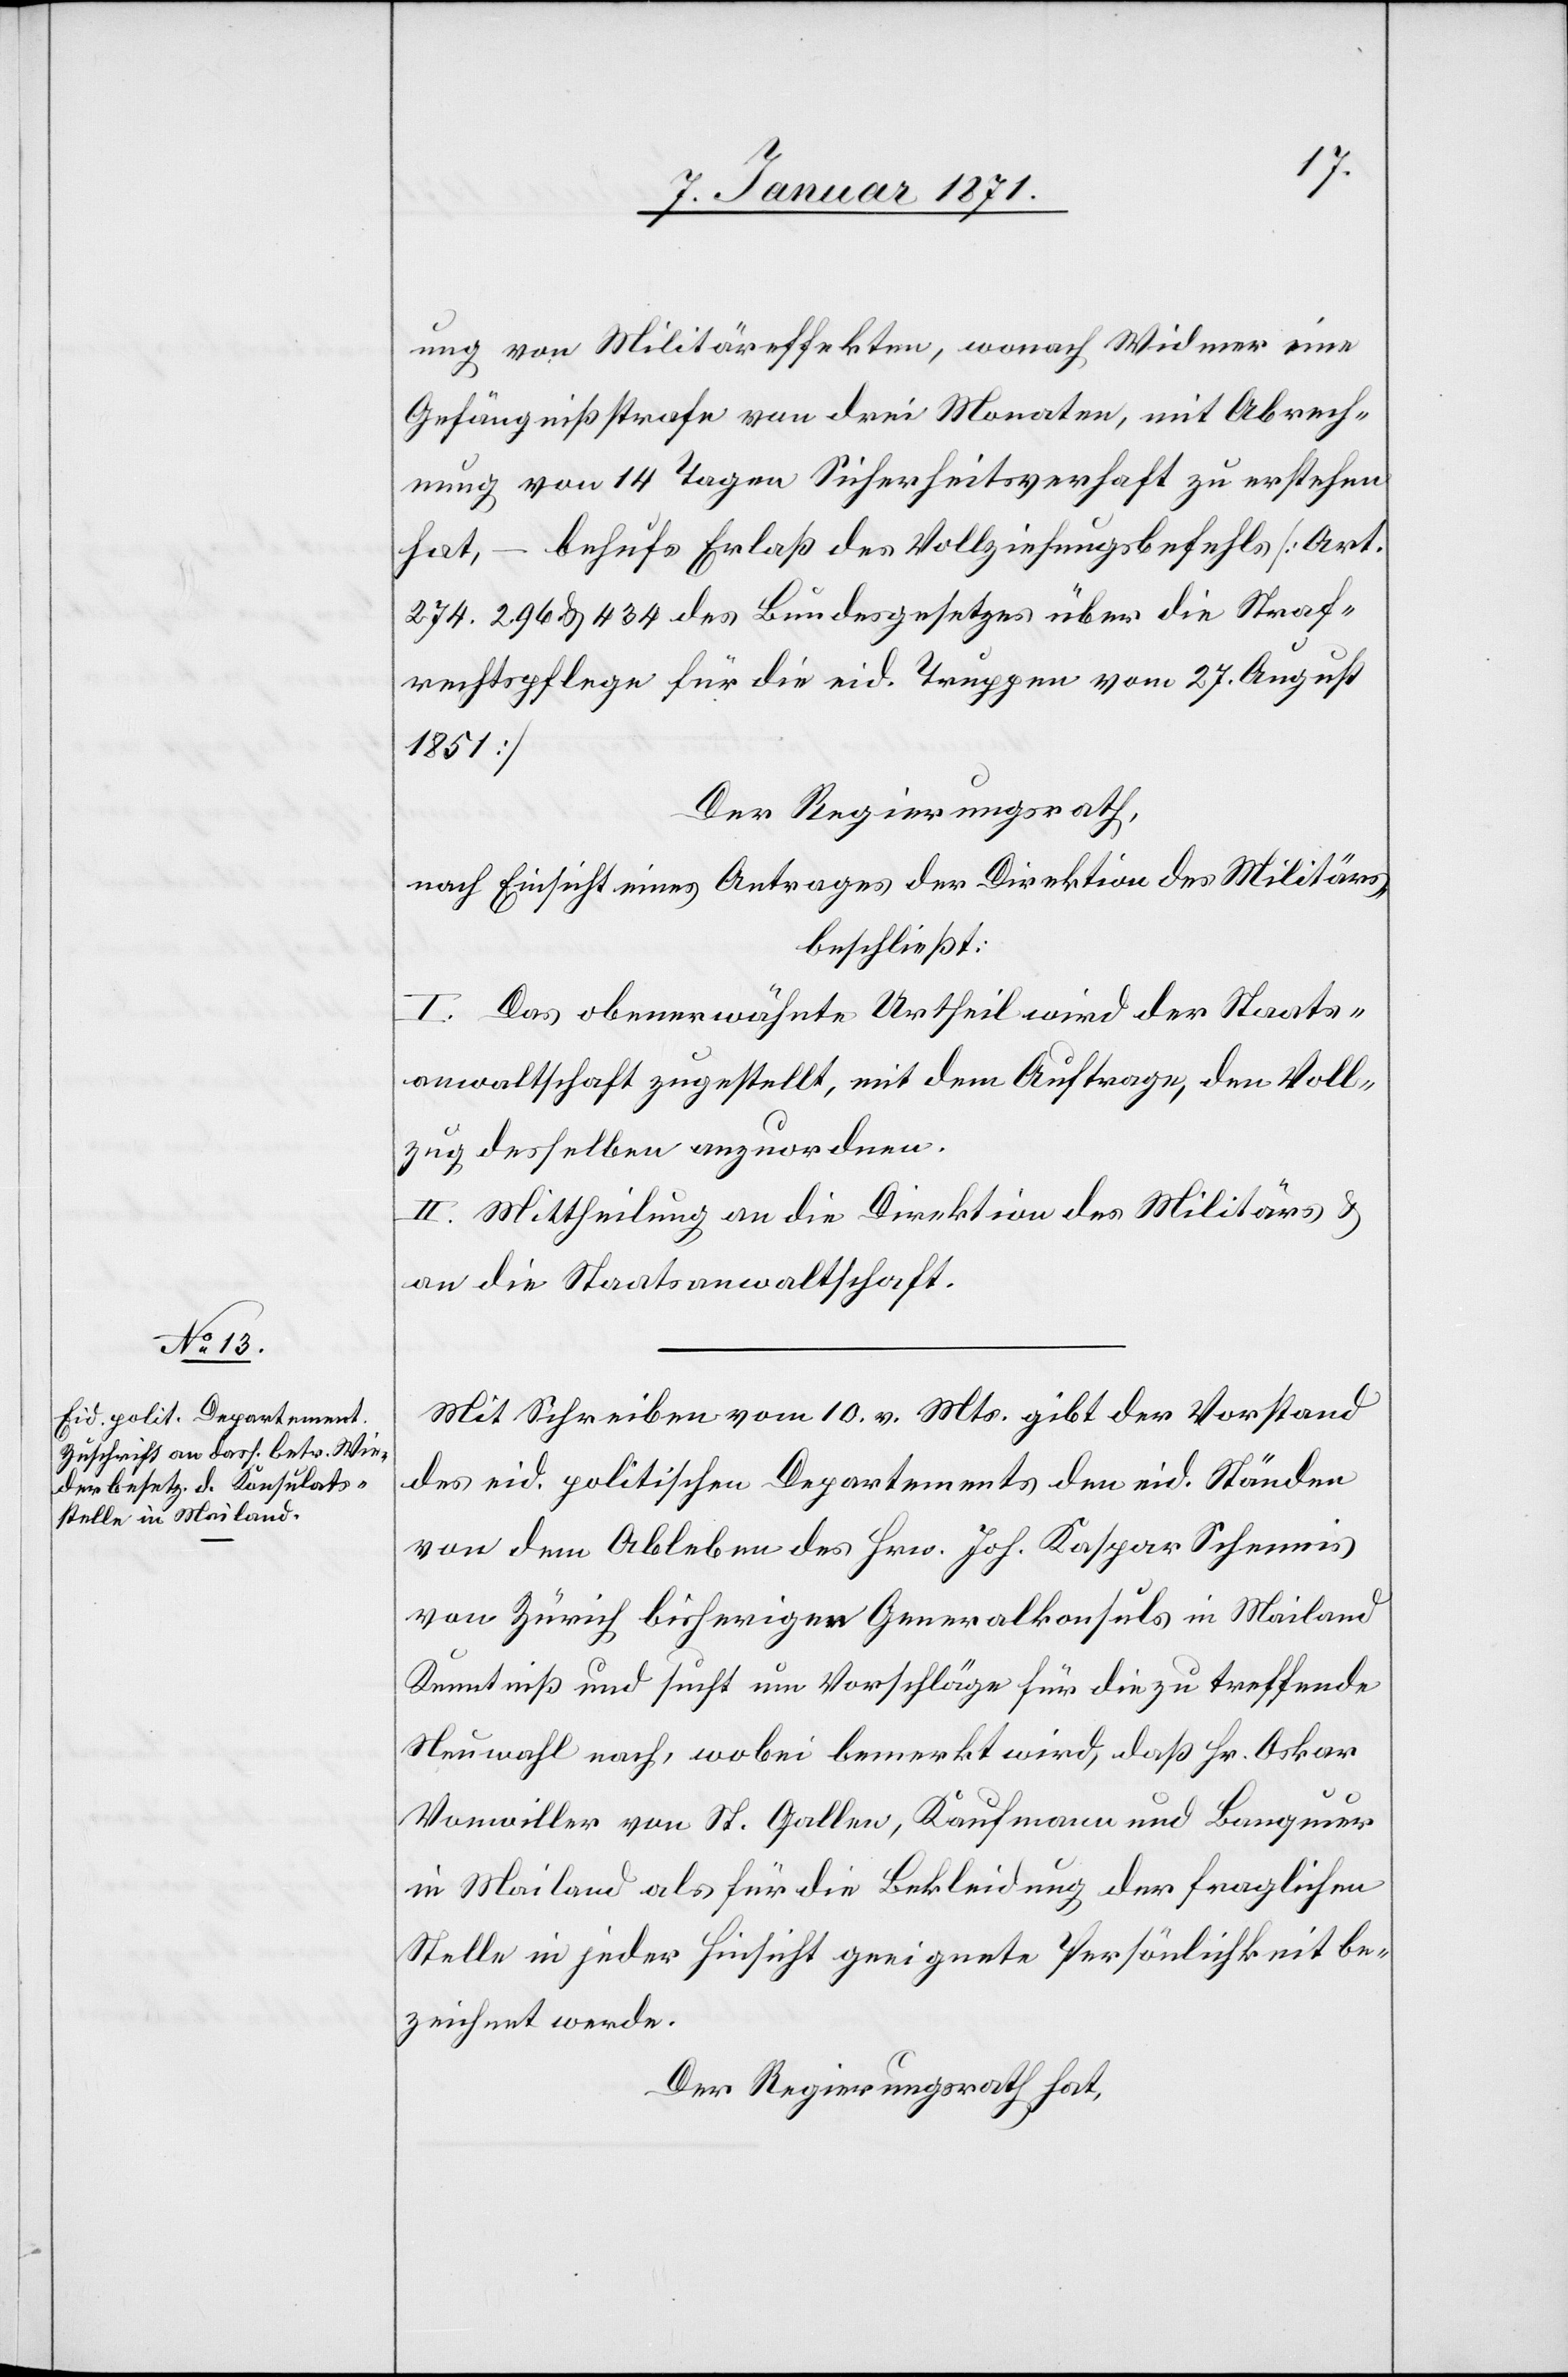
ung von Militäreffekten, wonach Widmer eine
Gefängnißstrafe von drei Monaten, mit Abrech¬
nung von 14 Tagen Sicherheitsverhaft zu erstehen
hat, – behufs Erlaß des Vollziehungsbefehls [Art.
274. 296 & 434 des Bundesgesetzes über die Straf¬
rechtspflege für die eid. Truppen vom 27. August
1851].
Der Regierungsrath,
nach Einsicht eines Antrages der Direktion des Militärs,
beschließt:
I. Das obenerwähnte Urtheil wird der Staats¬
anwaltschaft zugestellt, mit dem Auftrage, den Voll¬
zug desselben anzuordnen.
II. Mittheilung an die Direktion des Militärs u.
an die Staatsanwaltschaft.
Mit Schreiben vom 10. v. Mts. gibt der Vorstand
des eid. politischen Departements den eid. Ständen
von dem Ableben des Hrn. Joh. Kaspar Schennis
von Zürich, bisherigen Generalkonsuls in Mailand
Kenntniß und sucht um Vorschläge für die zu treffende
Neuwahl nach, wobei bemerkt wird, daß Hr. Oskar
Vonwiller von St. Gallen, Kaufmann und Banquier
in Mailand als für die Bekleidung der fraglichen
Stelle in jeder Hinsicht geeignete Persönlichkeit be¬
zeichnet werde.
Der Regierungsrath hat,